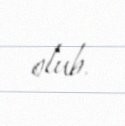
olub.